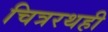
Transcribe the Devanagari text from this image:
चित्ररथही